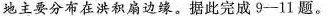
地主要分布在洪积扇边缘。据此完成9-11题。